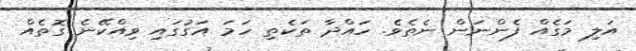
އަލި މަގެއް ފެންނަން ނެތެވެ. ހައްދާ ތަކެތި ހަމަ އަގުގައި ވިއްކޭނެ ގޮތެއް